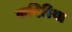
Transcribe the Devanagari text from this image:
कदिरिया